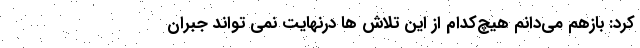
کرد: بازهم می‌دانم هیچ‌کدام از این تلاش ها درنهایت نمی تواند جبران